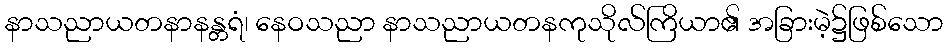
နာသညာယတနာနန္တရံ၊ နေဝသညာ နာသညာယတနကုသိုလ်ကြိယာ၏ အခြားမဲ့၌ဖြစ်သော